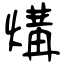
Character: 煹